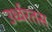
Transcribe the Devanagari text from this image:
उर्ध्वरतस